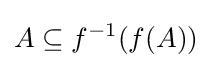
A\subseteq f^{-1}(f(A))